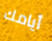
أيامك